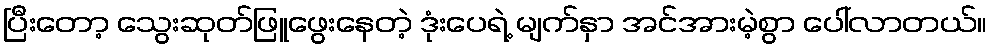
ပြီးတော့ သွေးဆုတ်ဖြူဖွေးနေတဲ့ ဒုံးပေရဲ့ မျက်နှာ အင်အားမဲ့စွာ ပေါ်လာတယ်။